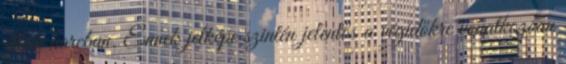
elleni harcban. Ennek jelképe szintén jelentős a végidőkre vonatkozóan